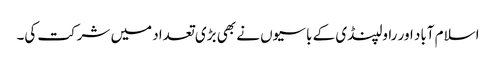
اسلام آباد اور راولپنڈی کے باسیوں نے بھی بڑی تعداد میں شرکت کی۔